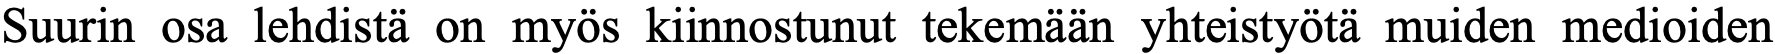
Suurin osa lehdistä on myös kiinnostunut tekemään yhteistyötä muiden medioiden